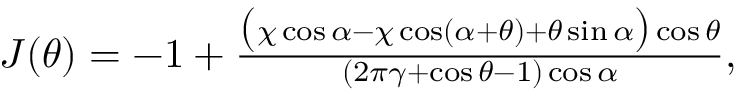
\begin{array} { r } { J ( \theta ) = - 1 + \frac { \big ( \chi \cos \alpha - \chi \cos ( \alpha + \theta ) + \theta \sin \alpha \big ) \cos \theta } { ( 2 \pi \gamma + \cos \theta - 1 ) \cos \alpha } , } \end{array}